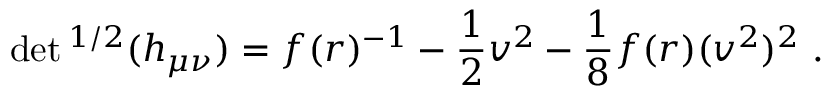
\operatorname * { d e t } { } ^ { 1 / 2 } ( h _ { \mu \nu } ) = f ( r ) ^ { - 1 } - \frac { 1 } { 2 } v ^ { 2 } - \frac { 1 } { 8 } f ( r ) ( v ^ { 2 } ) ^ { 2 } \ .